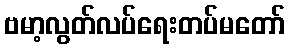
ဗမာ့လွတ်လပ်ရေးတပ်မတော်